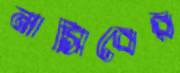
নাসিবের